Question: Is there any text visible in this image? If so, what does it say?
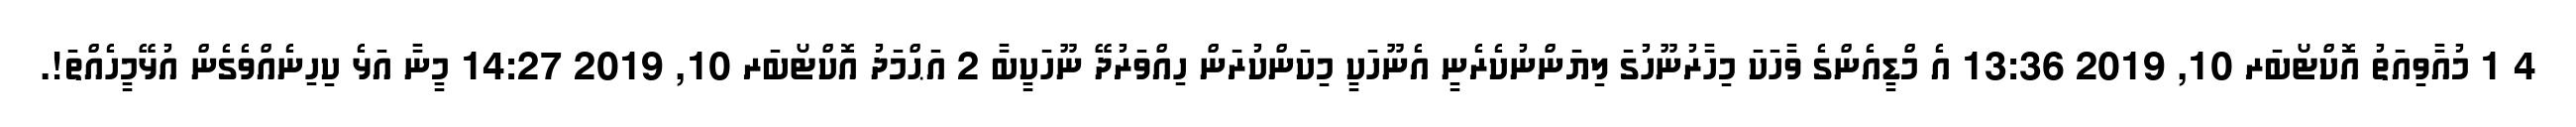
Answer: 4 1 މުއާވިއަތު އޮކްޓޯބަރ 10, 2019 13:36 އެ މްޑީއެންގެ ވާހަކަ މިހާރުނޫހުގަ ލިޔަންނުކެރެނީ އެނޫހަކީ މިކަންކުރަން ހިއްވަރުދޭ ނޫހަކީބާ 2 އަޙްމަދު އޮކްޓޯބަރ 10, 2019 14:27 މީނާ އަޅެ ކިހިނެއްވެގެން އުޅޭމީހެއްތަ!.